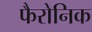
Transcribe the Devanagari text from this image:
फैरोनिक